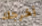
أخرجك